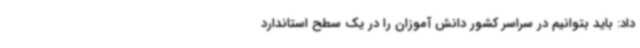
داد: باید بتوانیم در سراسر کشور دانش آموزان را در یک سطح استاندارد